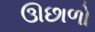
ઊછાળો